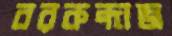
বরকন্দাজ